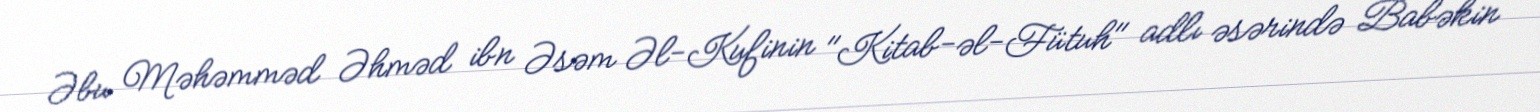
Əbu Məhəmməd Əhməd ibn Əsəm Əl-Kufinin "Kitab-əl-Fütuh" adlı əsərində Babəkin